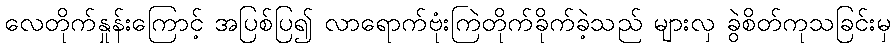
လေတိုက်နှုန်းကြောင့် အပြစ်ပြ၍ လာရောက်ဗုံးကြဲတိုက်ခိုက်ခဲ့သည် များလှ ခွဲစိတ်ကုသခြင်းမှ